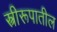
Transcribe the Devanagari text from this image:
स्त्रीरूपातील